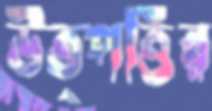
উত্পত্তির